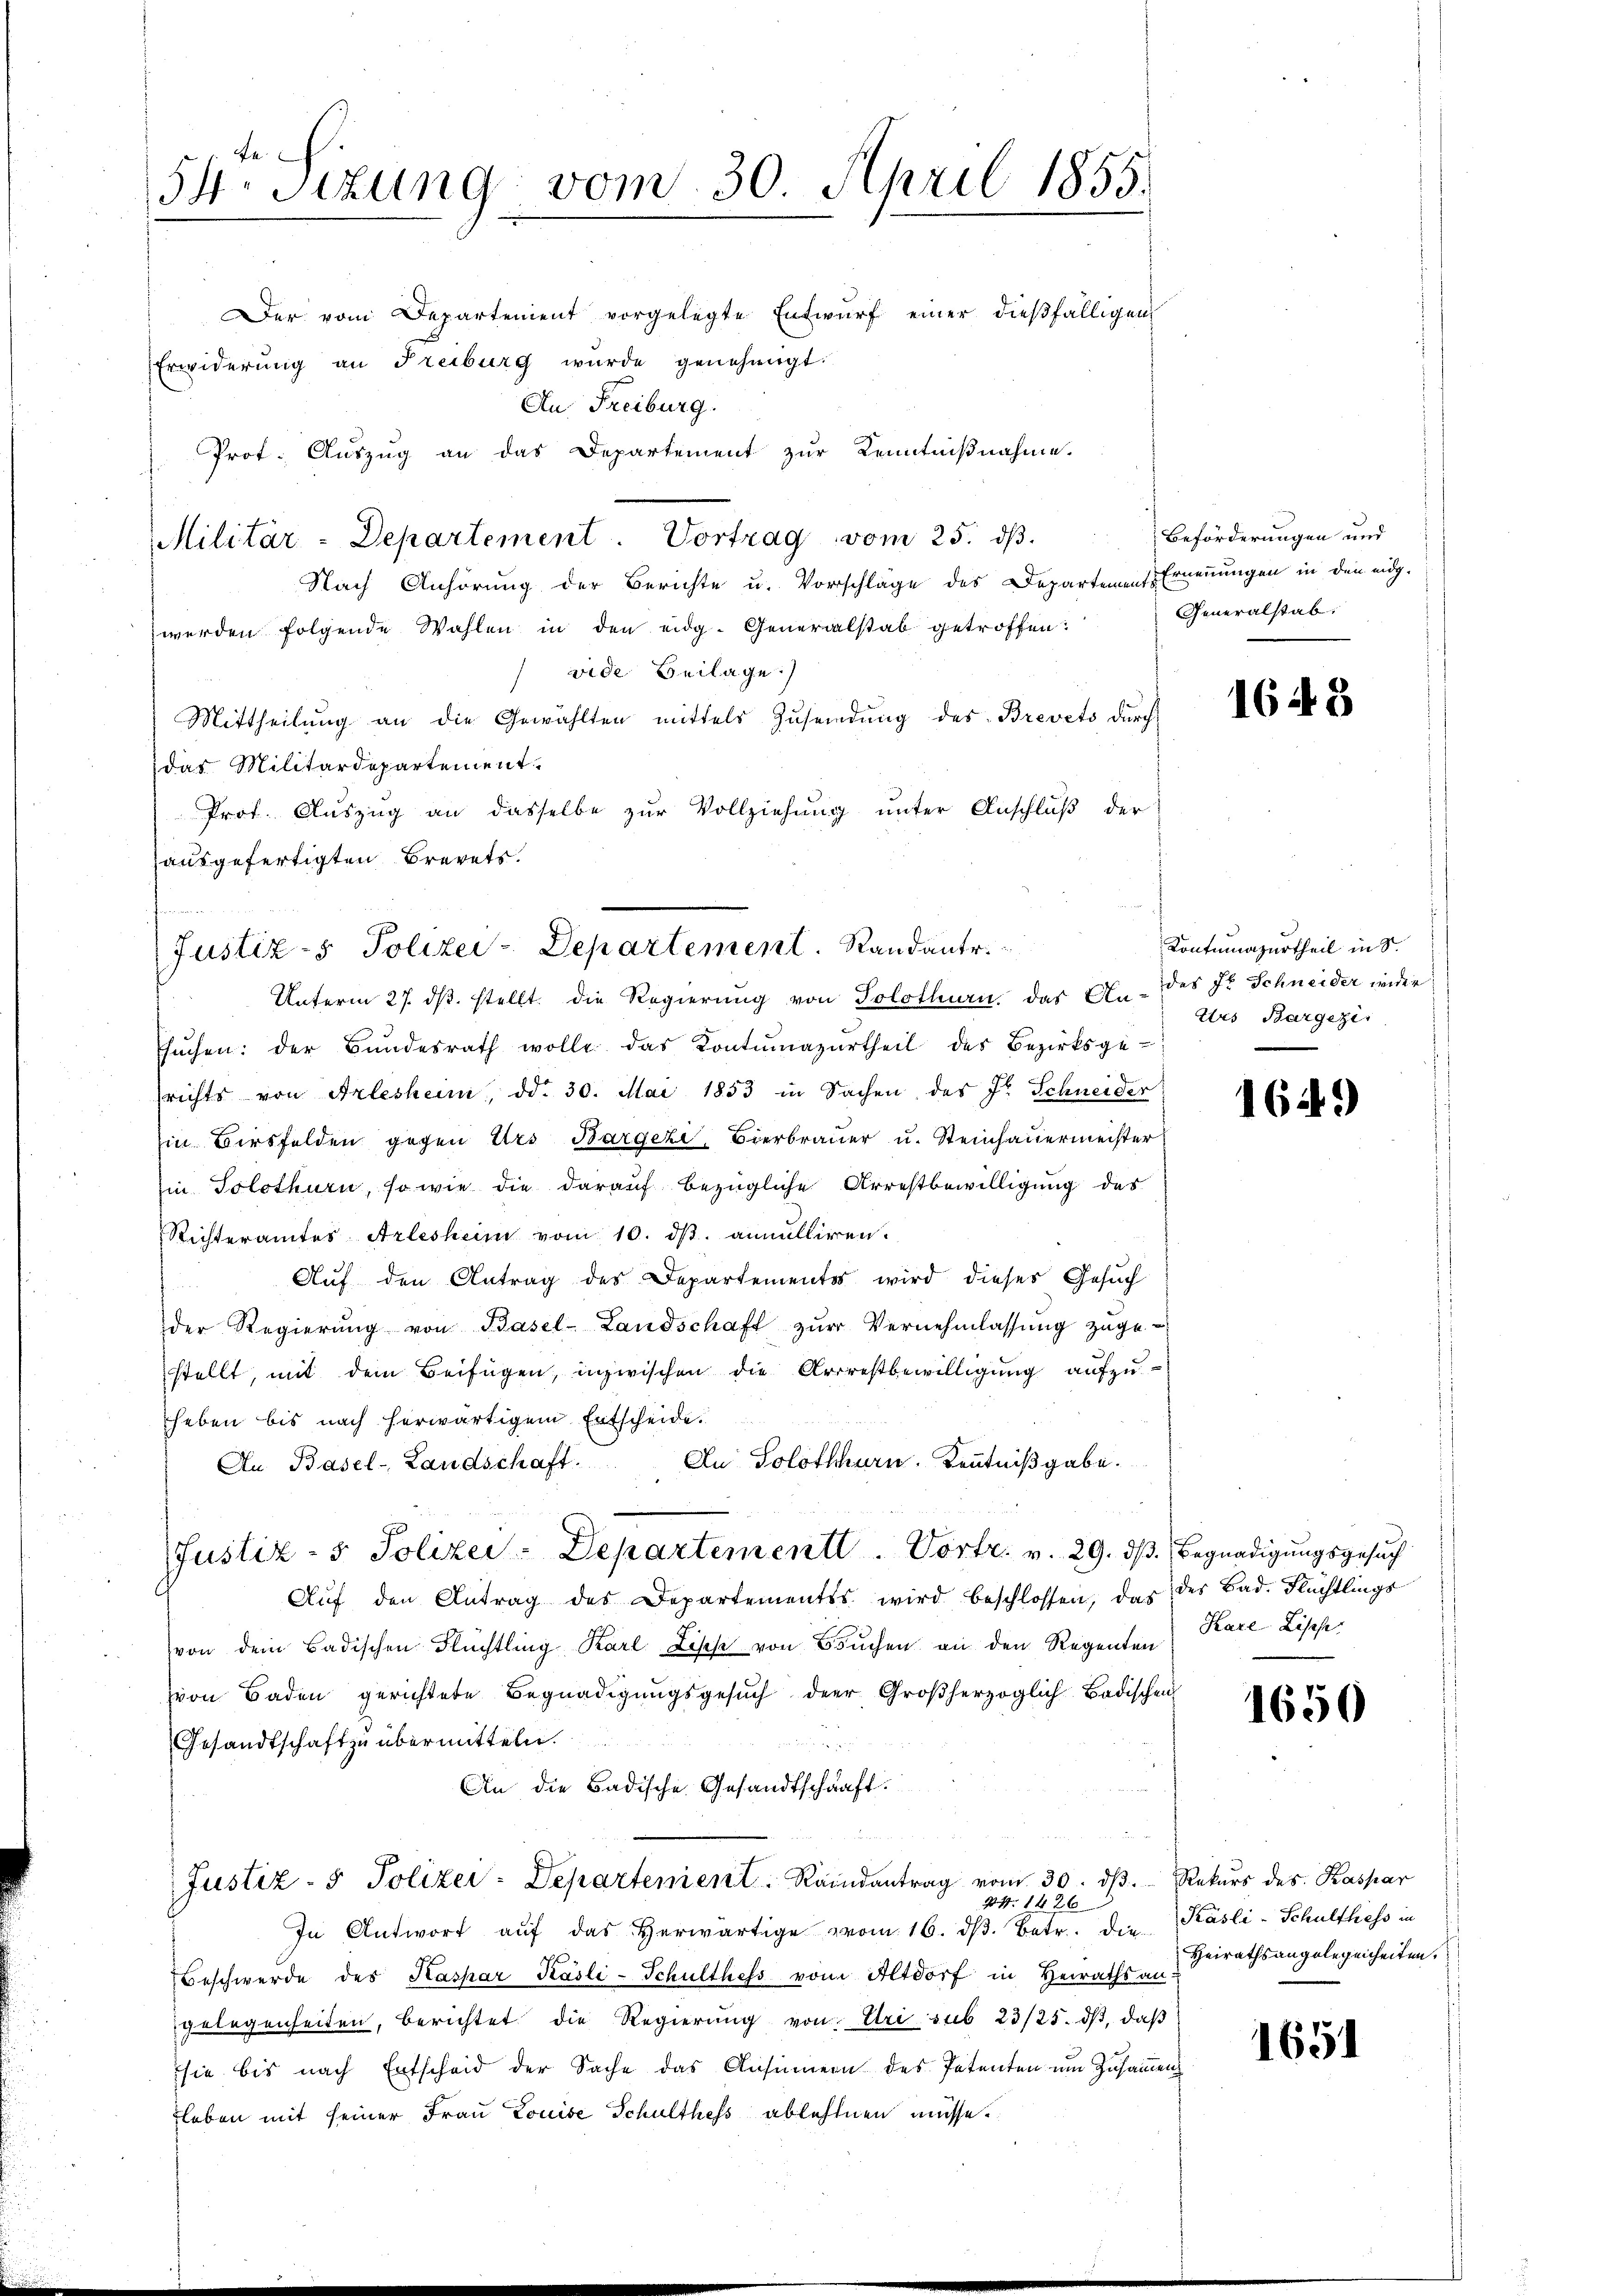
54. Sizung vom 30. April 1855.

Militär-Departement Vortrag vom 25. dβ.

Der vom Departement vorgelegte Entwŭrf einer dießfälligen
Erwiderung an Freiburg wurde genehmigt.
An Freiburg.
Prot. Auszug an das Departement zur Kenntnißnahme.

Nach Anhörung der Berichte u. Vorschläge des Departement Ernennungen in den eiwerden folgende Wahlen in den eidg. Generalstab getroffen:
vide Beilage)
Mittheilŭng an die Gewählten mittels Zŭsendŭng des Brevets durch
das Militärdepartement.
Prof. Auszug an dasselbe zur Vollziehung unter Anschluß der
ausgefertigten Brevets.
sŭchen: der Bŭndesrath wolle das Kontumazŭrtheil des Bezirksge-
richts von Arlesheim, dd. 30. Mai 1853 in Sachen des Fr. Schneider
in Birsfelden gegen Urs Bargeze, Bierbrauer u. Steinhauermeister
in Solothurn, so wie die darauf bezügliche Arrestbewilligung des
Richteramtes Arlesheim vom 10. dβ annulliren.
 Auf den Antrag des Departementes wird dieses Gesuch
der Regierŭng von Basel-Landschaft zŭr Vernehmlassŭng zŭge-
stellt, mit dem Beifügen, inzwischen die Arrrestbewilligung aufzuheben bis nach herwärtigem Entscheide.
An Solothurn. Kenntnißgabe.
An Basel-Landschaft.
Justiz- & Polizei-Departementl. Vortr. v. 29. dß. Begnadigungsgesuch
Aŭf den Antrag des Departementss wird beschlossen, das des Bad. Flüchtlings
von dem Badischen Flüchtling Karl Lische von Buchen an den Regenten) Kare-Lische
von Baden gerichtete Begnadigungsgesŭch der Großherzoglich-Badischen
Gesandtschaft zu übermitteln.
An die Badische Gesandtschaft.
Justiz- & Polizei-Departenient. Reindantrag vom 30. dβ. Rekurs des Kaspar
44. 1426
In Antwort aŭf das herwärtige vom 16. dβ. Betr. die Käsli-Schulthess in
Beschwerde des Kaspar Käsli-Schulthefs vom Altdorf in Heiraths an-
gelegenheiten, berichtet die Regierŭng von Uri sub 23/25. dβ, daβ
sie bis nach Entscheid der Sache das Ansinnern des Petenten um Zusammen
leben mit seiner Frau Louise Schulthess ablehnen müsse.

(Justiz- & Polizei-Departement. Randante.
Unterm 27. dβ. stellt. Die Regierung von Solothurn, das An- des Fr. Schneider wider

Beförderungen und
Generalstab,

1648

Kontumazurtheil in S.
Urs Bargezei

1629

1650

Heirathsangelegenheiten.

1651